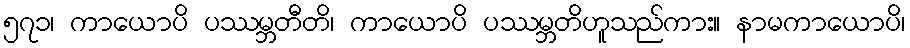
၅၇၁၊ ကာယောပိ ပဿမ္ဘတီတိ၊ ကာယောပိ ပဿမ္ဘတိဟူသည်ကား။ နာမကာယောပိ၊